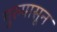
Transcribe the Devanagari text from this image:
गुरुपासून